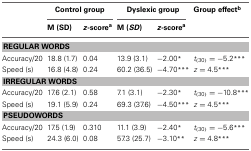
<table><thead><tr><td></td><td colspan="2"><b>Control group</b></td><td colspan="2"><b>Dyslexic group</b></td><td><b>Group effect<sup>b</sup></b></td></tr><tr><td></td><td><b>M (SD)</b></td><td><b><i>z</i>-score<sup>a</sup></b></td><td><b>M (<i>SD</i>)</b></td><td><b><i>z</i>-score<sup>a</sup></b></td><td></td></tr></thead><tbody><tr><td colspan="6"><b>REGULAR WORDS</b></td></tr><tr><td>Accuracy/20</td><td>18.8 (1.7)</td><td>0.04</td><td>13.9 (3.1)</td><td>−2.00<sup>*</sup></td><td><i>t</i><sub>(30)</sub> = −5.2<sup>***</sup></td></tr><tr><td>Speed (s)</td><td>16.8 (4.8)</td><td>0.24</td><td>60.2 (36.5)</td><td>−4.70<sup>***</sup></td><td><i>z</i> = 4.5<sup>***</sup></td></tr><tr><td colspan="6"><b>IRREGULAR WORDS</b></td></tr><tr><td>Accuracy/20</td><td>17.6 (2.1)</td><td>0.58</td><td>7.1 (3.1)</td><td>−2.30<sup>*</sup></td><td><i>t</i><sub>(30)</sub> = −10.8<sup>***</sup></td></tr><tr><td>Speed (s)</td><td>19.1 (5.9)</td><td>0.24</td><td>69.3 (37.6)</td><td>−4.50<sup>***</sup></td><td><i>z</i> = 4.5<sup>***</sup></td></tr><tr><td colspan="6"><b>PSEUDOWORDS</b></td></tr><tr><td>Accuracy/20</td><td>17.5 (1.9)</td><td>0.310</td><td>11.1 (3.9)</td><td>−2.40<sup>*</sup></td><td><i>t</i><sub>(30)</sub> = −5.6<sup>***</sup></td></tr><tr><td>Speed (s)</td><td>24.3 (6.0)</td><td>0.08</td><td>57.3 (25.7)</td><td>−3.10<sup>**</sup></td><td><i>z</i> = 4.8<sup>***</sup></td></tr></tbody></table>